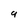
Character: 9